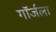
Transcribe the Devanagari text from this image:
गॉर्जला